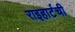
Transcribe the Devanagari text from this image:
राइहार्टची